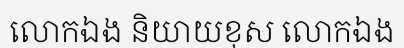
លោកឯង និយាយខុស លោកឯង